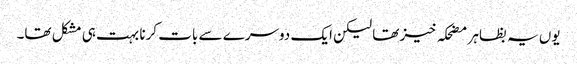
یوں یہ بظاہر مضحکہ خیز تھا لیکن ایک دوسرے سے بات کرنا بہت ہی مشکل تھا۔